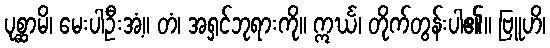
ပုစ္ဆာမိ၊ မေးပါဦးအံ့။ တံ၊ အရှင်ဘုရားကို။ ဣင်္ဃ၊ တိုက်တွန်းပါ၏။ ဗြူဟိ၊